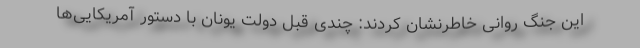
این جنگ روانی خاطرنشان کردند: چندی قبل دولت یونان با دستور آمریکایی‌ها